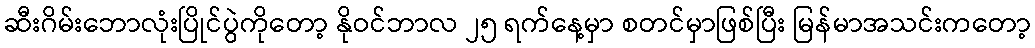
ဆီးဂိမ်းဘောလုံးပြိုင်ပွဲကိုတော့ နိုဝင်ဘာလ ၂၅ ရက်နေ့မှာ စတင်မှာဖြစ်ပြီး မြန်မာအသင်းကတော့